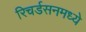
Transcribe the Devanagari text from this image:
रिचर्डसनमध्ये